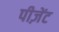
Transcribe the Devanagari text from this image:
पीज़ेंट